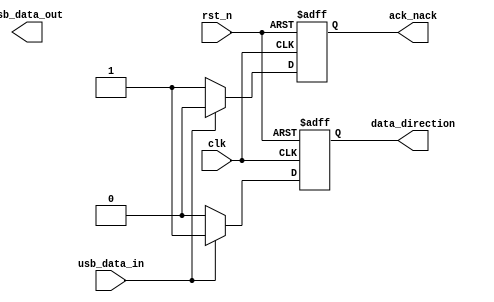
module usb_interface (
    input wire clk,
    input wire rst_n,
    input wire usb_data_in,
    output wire usb_data_out,
    output reg data_direction, // 1 for IN, 0 for OUT
    output reg ack_nack // 1 for NACK, 0 for ACK
);
    // USB signaling and protocol handling logic
    always @(posedge clk or negedge rst_n) begin
        if (!rst_n) begin
            data_direction <= 0;
            ack_nack <= 1;
        end else begin
            // Example logic for data direction and acknowledgment
            // This is a placeholder for actual USB protocol handling
            if (usb_data_in) begin
                data_direction <= 1; // IN
                ack_nack <= 0; // ACK
            end else begin
                data_direction <= 0; // OUT
                ack_nack <= 1; // NACK
            end
        end
    end
endmodule